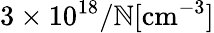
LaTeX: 3\times10^{18}/\mathbb{N}[\mathrm{{cm}}^{-3}]